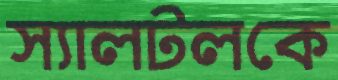
স্যালটলকে